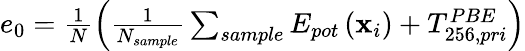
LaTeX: \begin{array}{r}{e_{0}=\frac{1}{N}\left(\frac{1}{N_{sample}}\sum_{sample}E_{pot}\left(\mathbf{x}_{i}\right)+T_{256,pri}^{PBE}\right)}\end{array}